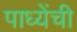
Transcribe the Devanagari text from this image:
पाध्येंची